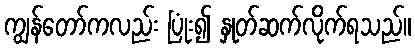
ကျွန်တော်ကလည်း ပြုံး၍ နှုတ်ဆက်လိုက်ရသည်။